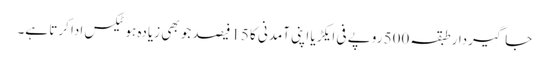
جاگیردارطبقہ 500 روپے فی ایکڑیا اپنی آمدنی کا 15فیصد جو بھی زیادہ ہوٹیکس ادا کرتا ہے۔